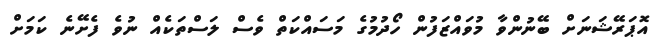
އޮޕަރޭޝަނަށް ބޭނުންވާ މުވައްޒަފުން ހޯދުމުގެ މަސައްކަތް ވެސް ލަސްތަކެއް ނުވެ ފެށޭނެ ކަމަށް